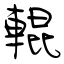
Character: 輥